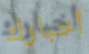
أخبارك